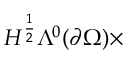
H ^ { \frac { 1 } { 2 } } \Lambda ^ { 0 } ( \partial \Omega ) \times